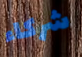
شركاء